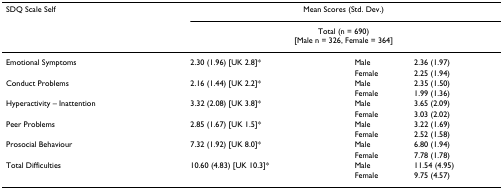
<table><thead><tr><td><b>SDQ Scale Self</b></td><td colspan="3"><b>Mean Scores (Std. Dev.)</b></td></tr><tr><td></td><td colspan="3"><b>Total (n = 690)[Male n = 326, Female = 364]</b></td></tr></thead><tbody><tr><td>Emotional Symptoms</td><td>2.30 (1.96) [UK 2.8]*</td><td>Male</td><td>2.36 (1.97)</td></tr><tr><td></td><td></td><td>Female</td><td>2.25 (1.94)</td></tr><tr><td>Conduct Problems</td><td>2.16 (1.44) [UK 2.2]*</td><td>Male</td><td>2.35 (1.50)</td></tr><tr><td></td><td></td><td>Female</td><td>1.99 (1.36)</td></tr><tr><td>Hyperactivity – Inattention</td><td>3.32 (2.08) [UK 3.8]*</td><td>Male</td><td>3.65 (2.09)</td></tr><tr><td></td><td></td><td>Female</td><td>3.03 (2.02)</td></tr><tr><td>Peer Problems</td><td>2.85 (1.67) [UK 1.5]*</td><td>Male</td><td>3.22 (1.69)</td></tr><tr><td></td><td></td><td>Female</td><td>2.52 (1.58)</td></tr><tr><td>Prosocial Behaviour</td><td>7.32 (1.92) [UK 8.0]*</td><td>Male</td><td>6.80 (1.94)</td></tr><tr><td></td><td></td><td>Female</td><td>7.78 (1.78)</td></tr><tr><td>Total Difficulties</td><td>10.60 (4.83) [UK 10.3]*</td><td>Male</td><td>11.54 (4.95)</td></tr><tr><td></td><td></td><td>Female</td><td>9.75 (4.57)</td></tr></tbody></table>